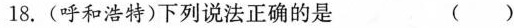
18.(呼和浩特)下列说法正确的是 ( )